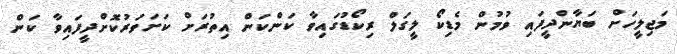
މަޖިލީހަށް ބަޔާންދީފައި ވުމުން މެޑިކޯ ލީގަލް ރިކޯޑުގައިވާ ކަންކަން އިތުރަށް ކަށަވަރުކޮށްދީފައިވާ ކަން